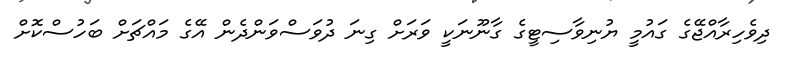
ދިވެހިރާއްޖޭގެ ގައުމީ ޔުނިވާސިޓީގެ ގާނޫނަކީ ވަރަށް ގިނަ ދުވަސްވަންދެން އޭގެ މައްޗަށް ބަހުސްކޮށް